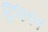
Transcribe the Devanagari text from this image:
द्विंकल